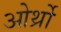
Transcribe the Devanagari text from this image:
ओर्थ्रो